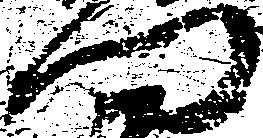
門